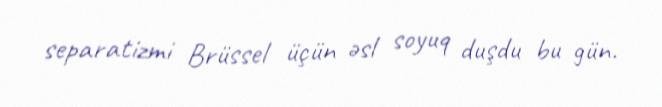
separatizmi Brüssel üçün əsl soyuq duşdu bu gün.